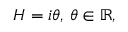
H = i \theta , \, \theta \in \mathbb { R } ,